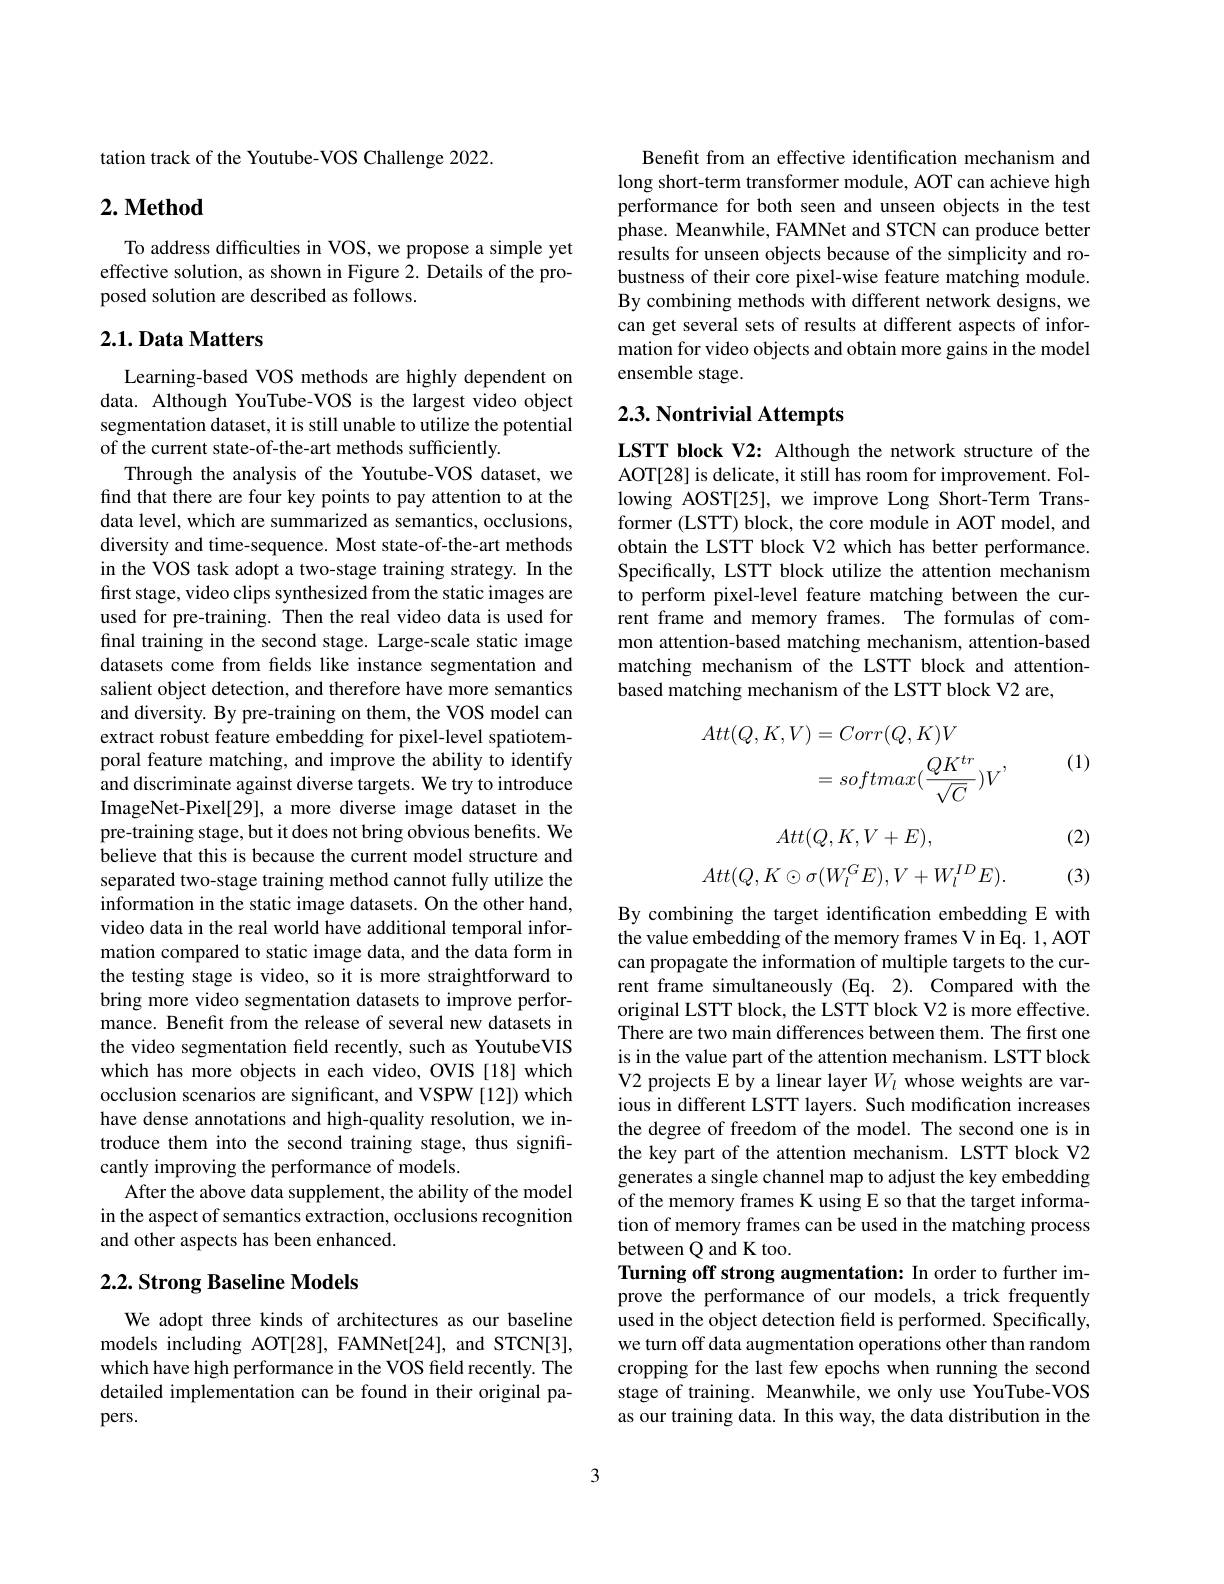
tation track of the Youtube-VOS Challenge 2022.

## $2. \textbf{ Method}$

To address difficulties in VOS, we propose a simple yet effective solution, as shown in Figure 2. Details of the proposed solution are described as follows.

## 2.1. Data Matters

Learning-based VOS methods are highly dependent on data. Although YouTube-VOS is the largest video object segmentation dataset, it is still unable to utilize the potential of the current state-of-the-art methods sufficiently.
Through the analysis of the Youtube-VOS dataset, we find that there are four key points to pay attention to at the data level, which are summarized as semantics, occlusions, diversity and time-sequence. Most state-of-the-art methods in the VOS task adopt a two-stage training strategy. In the first stage, video clips synthesized from the static images are used for pre-training. Then the real video data is used for final training in the second stage. Large-scale static image datasets come from from fields like instance segmentation and salient object detection, and therefore have more semantics and diversity. By pre-training on them, the VOS model can extract robust feature embedding for pixel-level spatiotemporal feature matching, and improve the ability to identify and discriminate against diverse targets. We try to introduce ImageNet-Pixel[29], a more diverse image dataset in the pre-training stage, but it does not bring obvious benefits. We believe that this is because the current model structure and separated two-stage training method cannot fully utilize the information in the static image datasets. On the other hand, video data in the real world have additional temporal information compared to static image data, and the data form in the testing stage is video, so it is more straightforward to bring more video segmentation datasets to improve performance. Benefit from the release of several new datasets in the video segmentation field recently, such as YoutubeVIS which has more objects in each video, OVIS [18] which occlusion scenarios are significant, and VSPW [12]) which have dense annotations and high-quality resolution, we introduce them into the second training stage, thus significantly improving the performance of models.
After the above data supplement, the ability of the model in the aspect of semantics extraction, occlusions recognition and other aspects has been enhanced.

## $2. 2. \textbf{Strong Baseline Models}$

We adopt three kinds of architectures as our baseline models including AOT[28], FAMNet[24], and STCN[3], which have high performance in the VOS field recently. The detailed implementation can be found in their original papers.

Benefit from an effective identification mechanism and long short-term transformer module, AOT can achieve high performance for both seen and unseen objects in the test phase. Meanwhile, FAMNet and STCN can produce better results for unseen objects because of the simplicity and robustness of their core pixel-wise feature matching module. By combining methods with different network designs, we can get several sets of results at different aspects of information for video objects and obtain more gains in the model ensemble stage.

## 2.3. Nontrivial Attempts

LSTT block V2: Although the network structure of the AOT[28] is delicate, it still has room for improvement. Following AOST[25], we improve Long Short-Term Transformer (LSTT) block, the core module in AOT model, and obtain the LSTT block V2 which has better performance. Specifically, LSTT block utilize the attention mechanism to perform pixel-level feature matching between the cur rent frame and memory frames. The formulas of common attention-based matching mechanism, attention-based matching mechanism of the LSTT block and attentionbased matching mechanism of the LSTT block V2 are,

(1)
$$\begin{aligned}Att(Q,K,V)&=Corr(Q,K)V\\&=softmax(\frac{QK^{tr}}{\sqrt{C}})V\end{aligned},$$
(2)
$$Att(Q,K,V+E),$$
$$Att(Q,K\odot\sigma(W_{l}^{G}E),V+W_{l}^{ID}E).$$
(3)

By combining the target identification embedding E with the value embedding of the memory frames V in Eq. 1, AOT can propagate the information of multiple targets to the current frame simultaneously (Eq. 2). Compared with the original LSTT block, the LSTT block V2 is more effective. There are two main differences between them. The first one is in the value part of the attention mechanism. LSTT block V2 projects E by a linear layer $W_l$ whose weights are various in different LSTT layers. Such modification increases the degree of freedom of the model. The second one is in the key part of the attention mechanism. LSTT block V2 generates a single channel map to adjust the key embedding of the memory frames K using E so that the target information of memory frames can be used in the matching process between Q and K too.
Turning off strong augmentation: In order to further improve the performance of our models, a trick frequently used in the object detection field is performed. Specifically, we turn off data augmentation operations other than random cropping for the last few epochs when running the second stage of training. Meanwhile, we only use YouTube-VOS as our training data. In this way, the data distribution in the

3